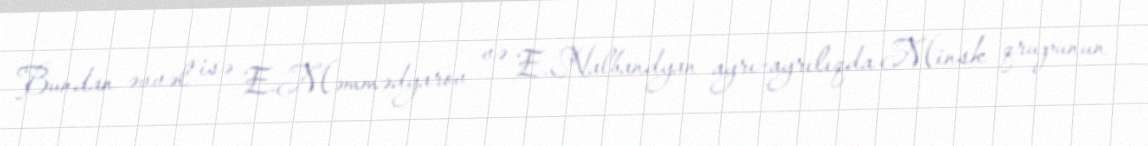
Bundan əvvəl isə E.Məmmədyarov və E.Nalbandyan ayrı-ayrılıqda Minsk qrupunun